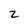
Character: z